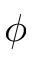
\phi